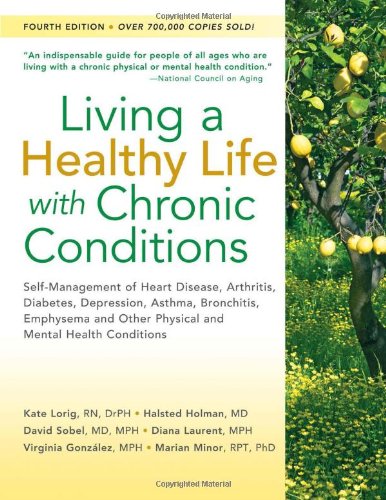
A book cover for Living a Healthy Life with Chronic Conditions: Self-Management of Heart Disease, Arthritis, Diabetes, Depression, Asthma, Bronchitis, Emphysema and Other Physical and Mental Health Conditions; Kate Lorig DrPH; Health, Fitness & Dieting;